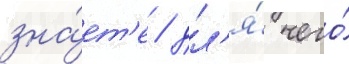
зна́ет'е / дл'я́ чего́